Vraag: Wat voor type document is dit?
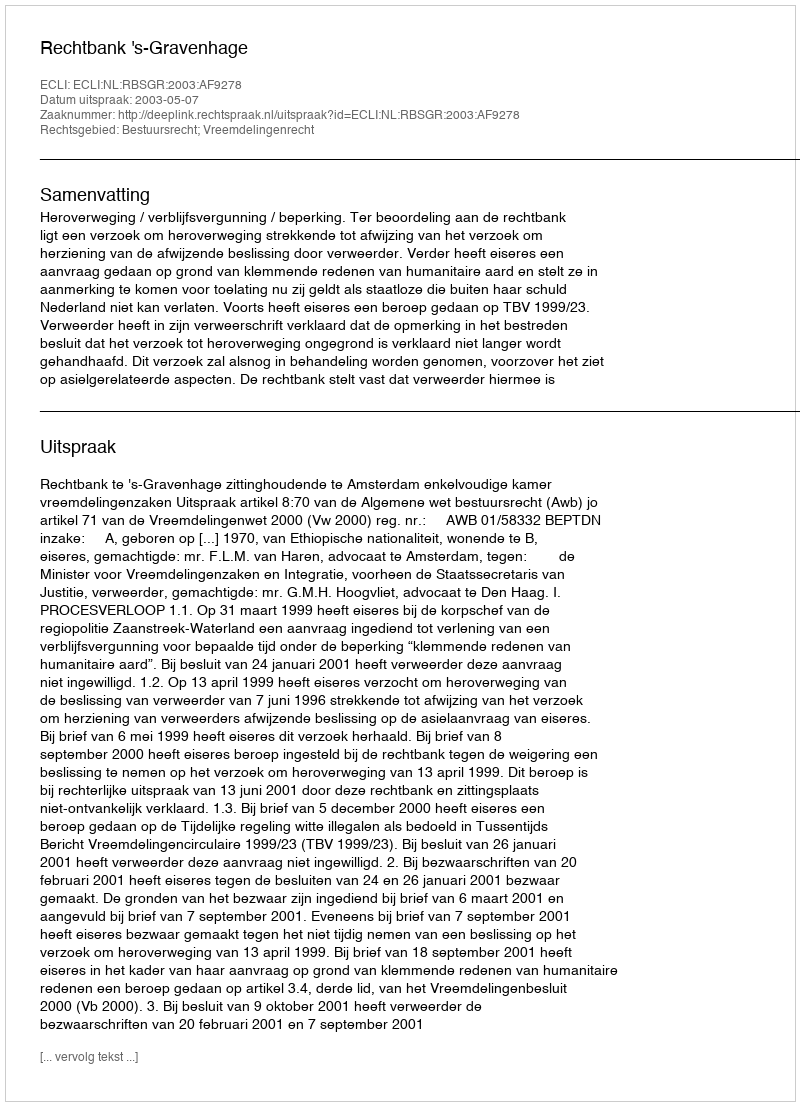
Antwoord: Uitspraak